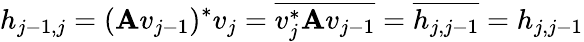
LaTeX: h_{j-1,j}=(\mathbf{A}v_{j-1})^{*}v_{j}={\overline{{{v_{j}^{*}\mathbf{A}v_{j-1}}}}}={\overline{{{h_{j,j-1}}}}}=h_{j,j-1}